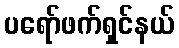
ပရော်ဖက်ရှင်နယ်